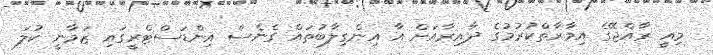
މިއީ ރާއްޖޭގެ އިމާރާތްކުރުމުގެ ދާއިރާއަށް އާ އިންގިލާބުތައް ގެނެސް އިންޑަސްޓްރީގައި ޒަމާނީ ކުލަ